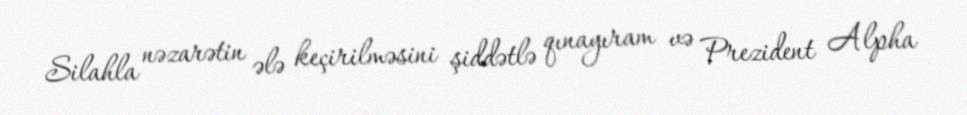
Silahla nəzarətin ələ keçirilməsini şiddətlə qınayıram və Prezident Alpha